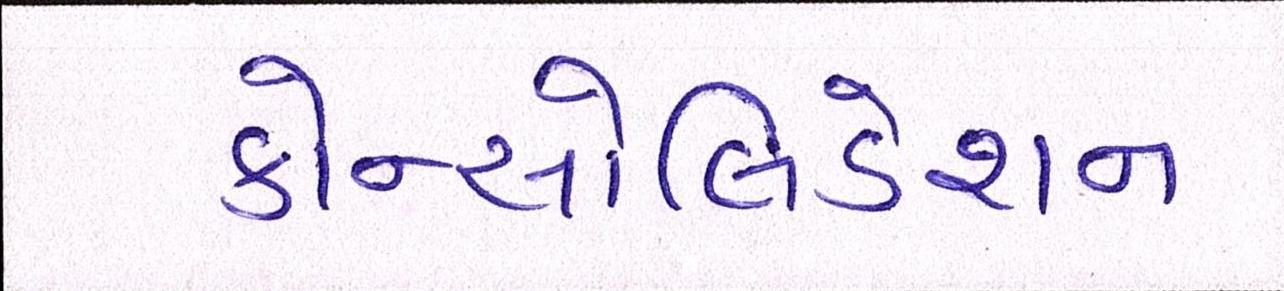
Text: કોન્સોલિડેશન